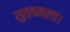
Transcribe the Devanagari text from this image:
सुत्तमाला।